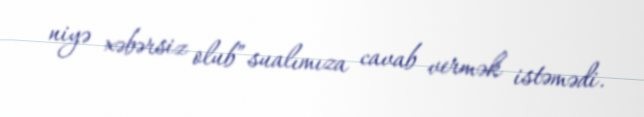
niyə xəbərsiz olub” sualımıza cavab vermək istəmədi.